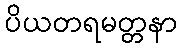
ပိယတရမတ္တနာ